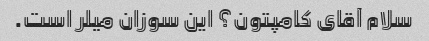
سلام آقای کامپتون؟ این سوزان میلر است.